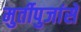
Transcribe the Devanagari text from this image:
मुर्तीपुजांसे